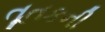
તૂતકની